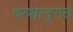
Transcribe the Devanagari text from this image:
वम्शानुगत